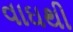
વાઘથી